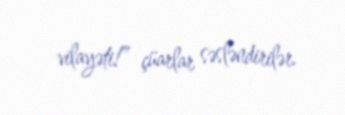
vilayəti!” çüarlar səsləndirilər.